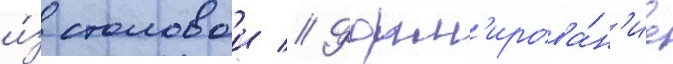
и́з столовои // Форм'ирова́н'ие